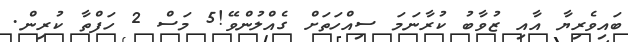
ބައިވެރިޔާ އާއި ޒުވާބު ކުރާނަމަ ސިއްހަތަށް ގެއްލުންވޭ!5 މަސް 2 ހަފްތާ ކުރިން.